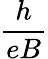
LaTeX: \frac{h}{eB}